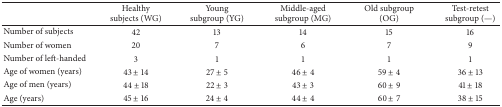
|  | Healthy subjects (WG) | Young subgroup (YG) | Middle-aged subgroup (MG) | Old subgroup (OG) | Test-retest subgroup (—) |
 | --- | --- | --- | --- | --- | --- |
 | Number of subjects | 42 | 13 | 14 | 15 | 16 |
 | Number of women | 20 | 7 | 6 | 7 | 9 |
 | Number of left-handed | 3 | 1 | 1 | 1 | 1 |
 | Age of women (years) | 43 ± 14 | 27 ± 5 | 46 ± 4 | 59 ± 4 | 36 ± 13 |
 | Age of men (years) | 44 ± 18 | 22 ± 3 | 43 ± 3 | 60 ± 9 | 41 ± 18 |
 | Age (years) | 45 ± 16 | 24 ± 4 | 44 ± 4 | 60 ± 7 | 38 ± 15 |